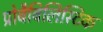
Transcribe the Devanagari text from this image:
प्रोबैबिलिस्टिक